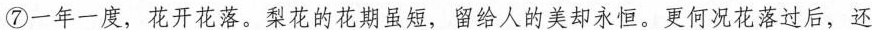
⑦一年一度，花开花落。梨花的花期虽短，留给人的美却永恒。更何况花落过后，还